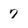
Character: 7